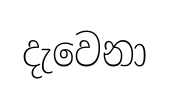
දැවෙනා